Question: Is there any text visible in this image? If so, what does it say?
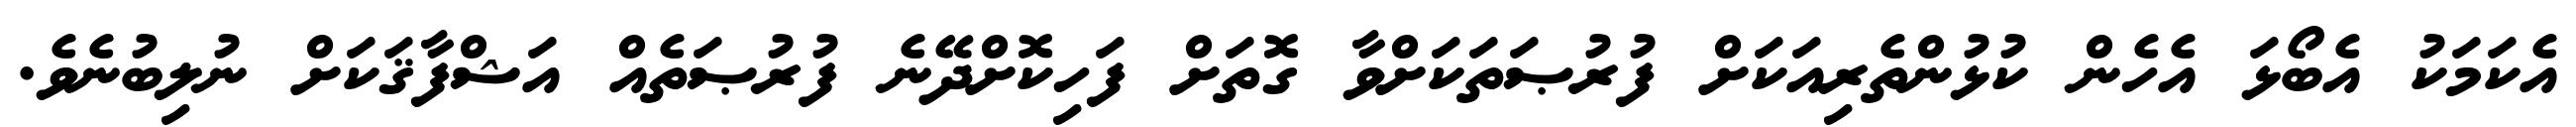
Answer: އެކަމަކު އެބޯޅަ އެހެން ކުޅުންތެރިއަކަށް ފުރުޞަތަކަށްވާ ގޮތަށް ފަހިކޮށްދޭނެ ފުރުޞަތެއް އަޝްފާޤަކަށް ނުލިބުނެވެ.